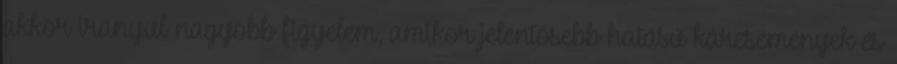
akkor irányul nagyobb figyelem, amikor jelentősebb hatású káresemények és